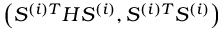
\left( S ^ { ( i ) T } H S ^ { ( i ) } , S ^ { ( i ) T } S ^ { ( i ) } \right)